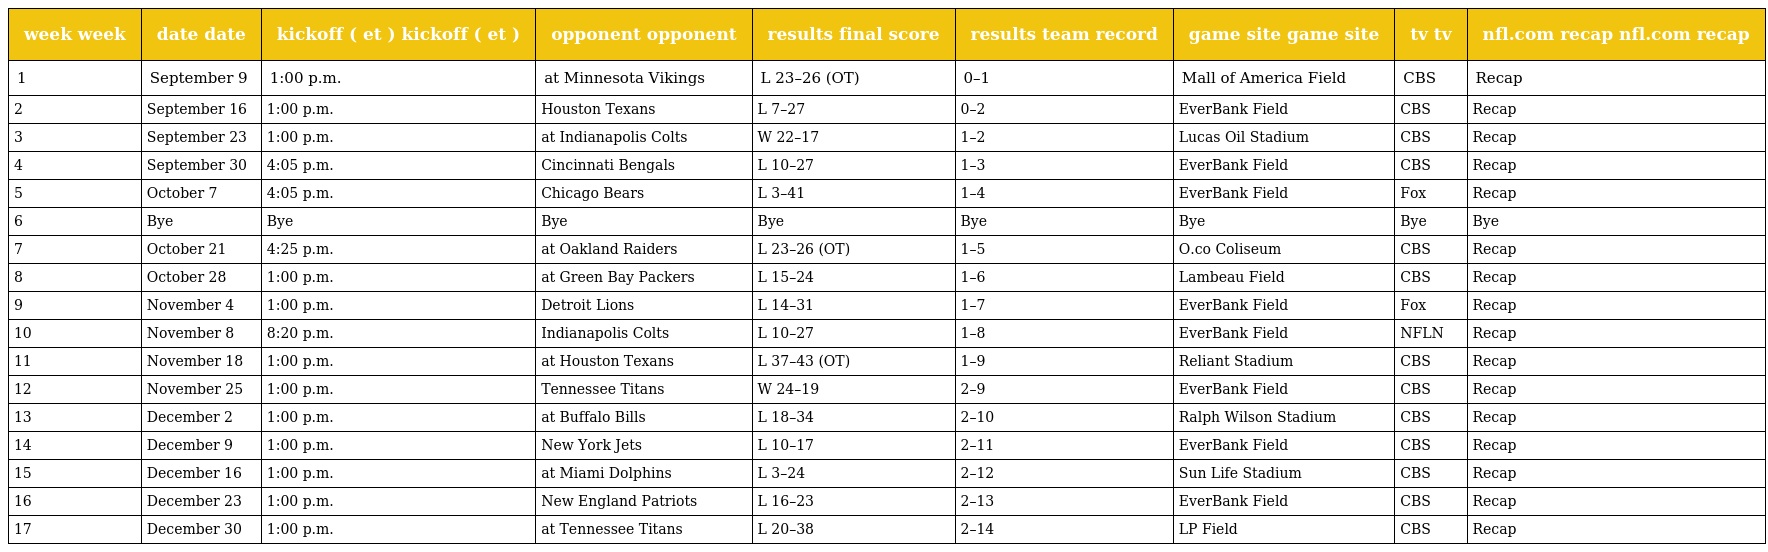
| week week | date date | kickoff ( et ) kickoff ( et ) | opponent opponent | results final score | results team record | game site game site | tv tv | nfl.com recap nfl.com recap |
 | --- | --- | --- | --- | --- | --- | --- | --- | --- |
 | 1 | September 9 | 1:00 p.m. | at Minnesota Vikings | L 23–26 (OT) | 0–1 | Mall of America Field | CBS | Recap |
 | 2 | September 16 | 1:00 p.m. | Houston Texans | L 7–27 | 0–2 | EverBank Field | CBS | Recap |
 | 3 | September 23 | 1:00 p.m. | at Indianapolis Colts | W 22–17 | 1–2 | Lucas Oil Stadium | CBS | Recap |
 | 4 | September 30 | 4:05 p.m. | Cincinnati Bengals | L 10–27 | 1–3 | EverBank Field | CBS | Recap |
 | 5 | October 7 | 4:05 p.m. | Chicago Bears | L 3–41 | 1–4 | EverBank Field | Fox | Recap |
 | 6 | Bye | Bye | Bye | Bye | Bye | Bye | Bye | Bye |
 | 7 | October 21 | 4:25 p.m. | at Oakland Raiders | L 23–26 (OT) | 1–5 | O.co Coliseum | CBS | Recap |
 | 8 | October 28 | 1:00 p.m. | at Green Bay Packers | L 15–24 | 1–6 | Lambeau Field | CBS | Recap |
 | 9 | November 4 | 1:00 p.m. | Detroit Lions | L 14–31 | 1–7 | EverBank Field | Fox | Recap |
 | 10 | November 8 | 8:20 p.m. | Indianapolis Colts | L 10–27 | 1–8 | EverBank Field | NFLN | Recap |
 | 11 | November 18 | 1:00 p.m. | at Houston Texans | L 37–43 (OT) | 1–9 | Reliant Stadium | CBS | Recap |
 | 12 | November 25 | 1:00 p.m. | Tennessee Titans | W 24–19 | 2–9 | EverBank Field | CBS | Recap |
 | 13 | December 2 | 1:00 p.m. | at Buffalo Bills | L 18–34 | 2–10 | Ralph Wilson Stadium | CBS | Recap |
 | 14 | December 9 | 1:00 p.m. | New York Jets | L 10–17 | 2–11 | EverBank Field | CBS | Recap |
 | 15 | December 16 | 1:00 p.m. | at Miami Dolphins | L 3–24 | 2–12 | Sun Life Stadium | CBS | Recap |
 | 16 | December 23 | 1:00 p.m. | New England Patriots | L 16–23 | 2–13 | EverBank Field | CBS | Recap |
 | 17 | December 30 | 1:00 p.m. | at Tennessee Titans | L 20–38 | 2–14 | LP Field | CBS | Recap |